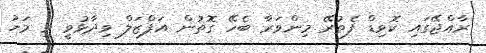
ރާއްޖޭގައި ކޮވިޑް ފެތުރޭ މިންވަރާ ބެހޭ ގޮތުން އަފްޒަލް ވިދާޅުވީ މި މަހު